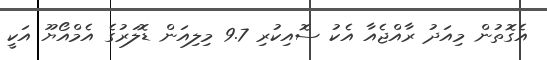
އެގޮތުން މިއަދު ރާއްޖެއާ އެކު ސޮއިކުރި 9.7 މިލިއަން ޑޮލަރުގެ އެމްއޯޔޫ އަކީ